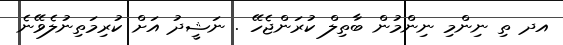
އދ ތި ނިންމި ނިންމުން ބާތިލް ކުރަންޖެހޭ . ނަޝީދު އަށް ކުރިމަތިނުލެވޭނެ